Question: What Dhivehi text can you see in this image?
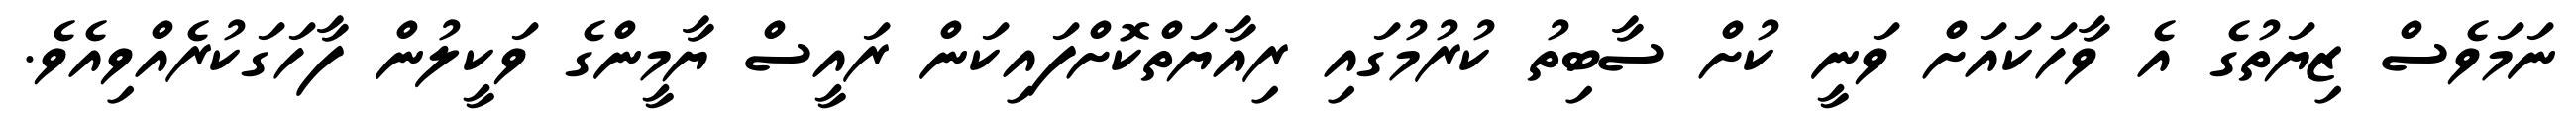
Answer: ނަމަވެސް ޒިޔަތުގެ އެ ވާހަކައަށް ވަނީ ކުށް ސާބިތު ކުރުމުގައި ރިއާޔަތްކޮށްފައިކަން ރައީސް ޔާމީންގެ ވަކީލުން ފާހަގަކުރެއްވިއެވެ.